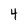
Character: 4